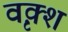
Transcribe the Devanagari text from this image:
वृक़्श